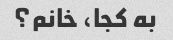
به کجا، خانم؟